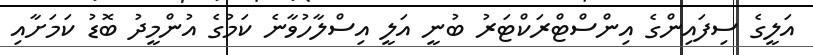
އަލީގެ ސިފައިންގެ އިންސްޓްރަކްޓަރު ބުނީ އަލީ އިސްލާހުވާނެ ކަމުގެ އުންމީދު ބޮޑު ކަމަށާއި